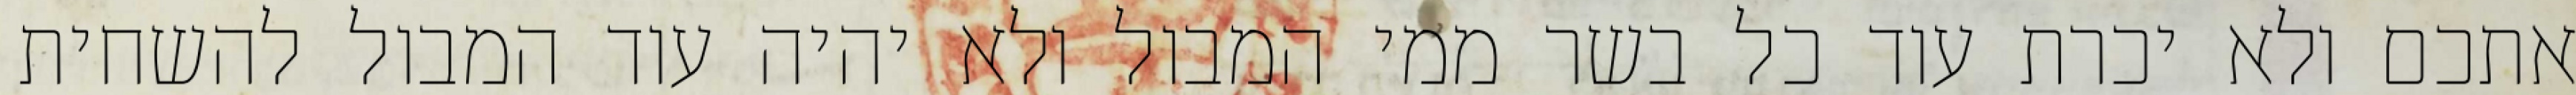
אתכם ולא יכרת עוד כל בשר ממי המבול ולא יהיה עוד המבול להשחית